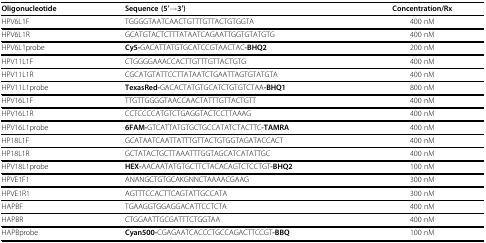
<table><thead><tr><td><b>Oligonucleotide</b></td><td><b>Sequence (5&#x27;→3&#x27;)</b></td><td><b>Concentration/Rx</b></td></tr></thead><tbody><tr><td>HPV6L1F</td><td>TGGGGTAATCAACTGTTTGTTACTGTGGTA</td><td>400 nM</td></tr><tr><td>HPV6L1R</td><td>GCATGTACTCTTTATAATCAGAATTGGTGTATGTG</td><td>400 nM</td></tr><tr><td>HPV6L1probe</td><td><b>Cy5-</b>GACATTATGTGCATCCGTAACTAC<b>-BHQ2</b></td><td>200 nM</td></tr><tr><td>HPV11L1F</td><td>CTGGGGAAACCACTTGTTTGTTACTGTG</td><td>400 nM</td></tr><tr><td>HPV11L1R</td><td>CGCATGTATTCCTTATAATCTGAATTAGTGTATGTA</td><td>400 nM</td></tr><tr><td>HPV11L1probe</td><td><b>TexasRed-</b>GACACTATGTGCATCTGTGTCTAA<b>-BHQ1</b></td><td>800 nM</td></tr><tr><td>HPV16L1F</td><td>TTGTTGGGGTAACCAACTATTTGTTACTGTT</td><td>400 nM</td></tr><tr><td>HPV16L1R</td><td>CCTCCCCATGTCTGAGGTACTCCTTAAAG</td><td>400 nM</td></tr><tr><td>HPV16L1probe</td><td><b>6FAM-</b>GTCATTATGTGCTGCCATATCTACTTC<b>-TAMRA</b></td><td>400 nM</td></tr><tr><td>HP18L1F</td><td>GCATAATCAATTATTTGTTACTGTGGTAGATACCACT</td><td>400 nM</td></tr><tr><td>HP18L1R</td><td>GCTATACTGCTTAAATTTGGTAGCATCATATTGC</td><td>400 nM</td></tr><tr><td>HPV18L1probe</td><td><b>HEX-</b>AACAATATGTGCTTCTACACAGTCTCCTGT<b>-BHQ2</b></td><td>100 nM</td></tr><tr><td>HPVE1F1</td><td>ANANGCTGTGCAKGNNCTAAAACGAAG</td><td>300 nM</td></tr><tr><td>HPVE1R1</td><td>AGTTTCCACTTCAGTATTGCCATA</td><td>300 nM</td></tr><tr><td>HAPBF</td><td>TGAAGGTGGAGGACATTCCTCTA</td><td>400 nM</td></tr><tr><td>HAPBR</td><td>CTGGAATTGCGATTTCTGGTAA</td><td>400 nM</td></tr><tr><td>HAPBprobe</td><td><b>Cyan500-</b>CGAGAATCACCCTGCCAGACTTCCGT<b>-BBQ</b></td><td>100 nM</td></tr></tbody></table>